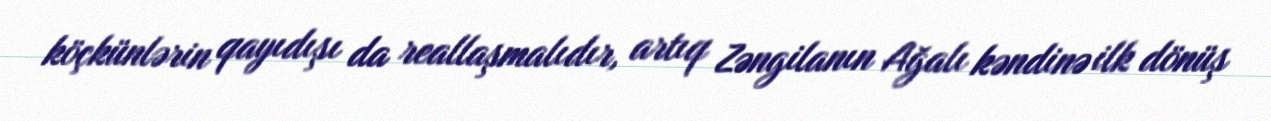
köçkünlərin qayıdışı da reallaşmalıdır, artıq Zəngilanın Ağalı kəndinə ilk dönüş